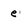
Character: e